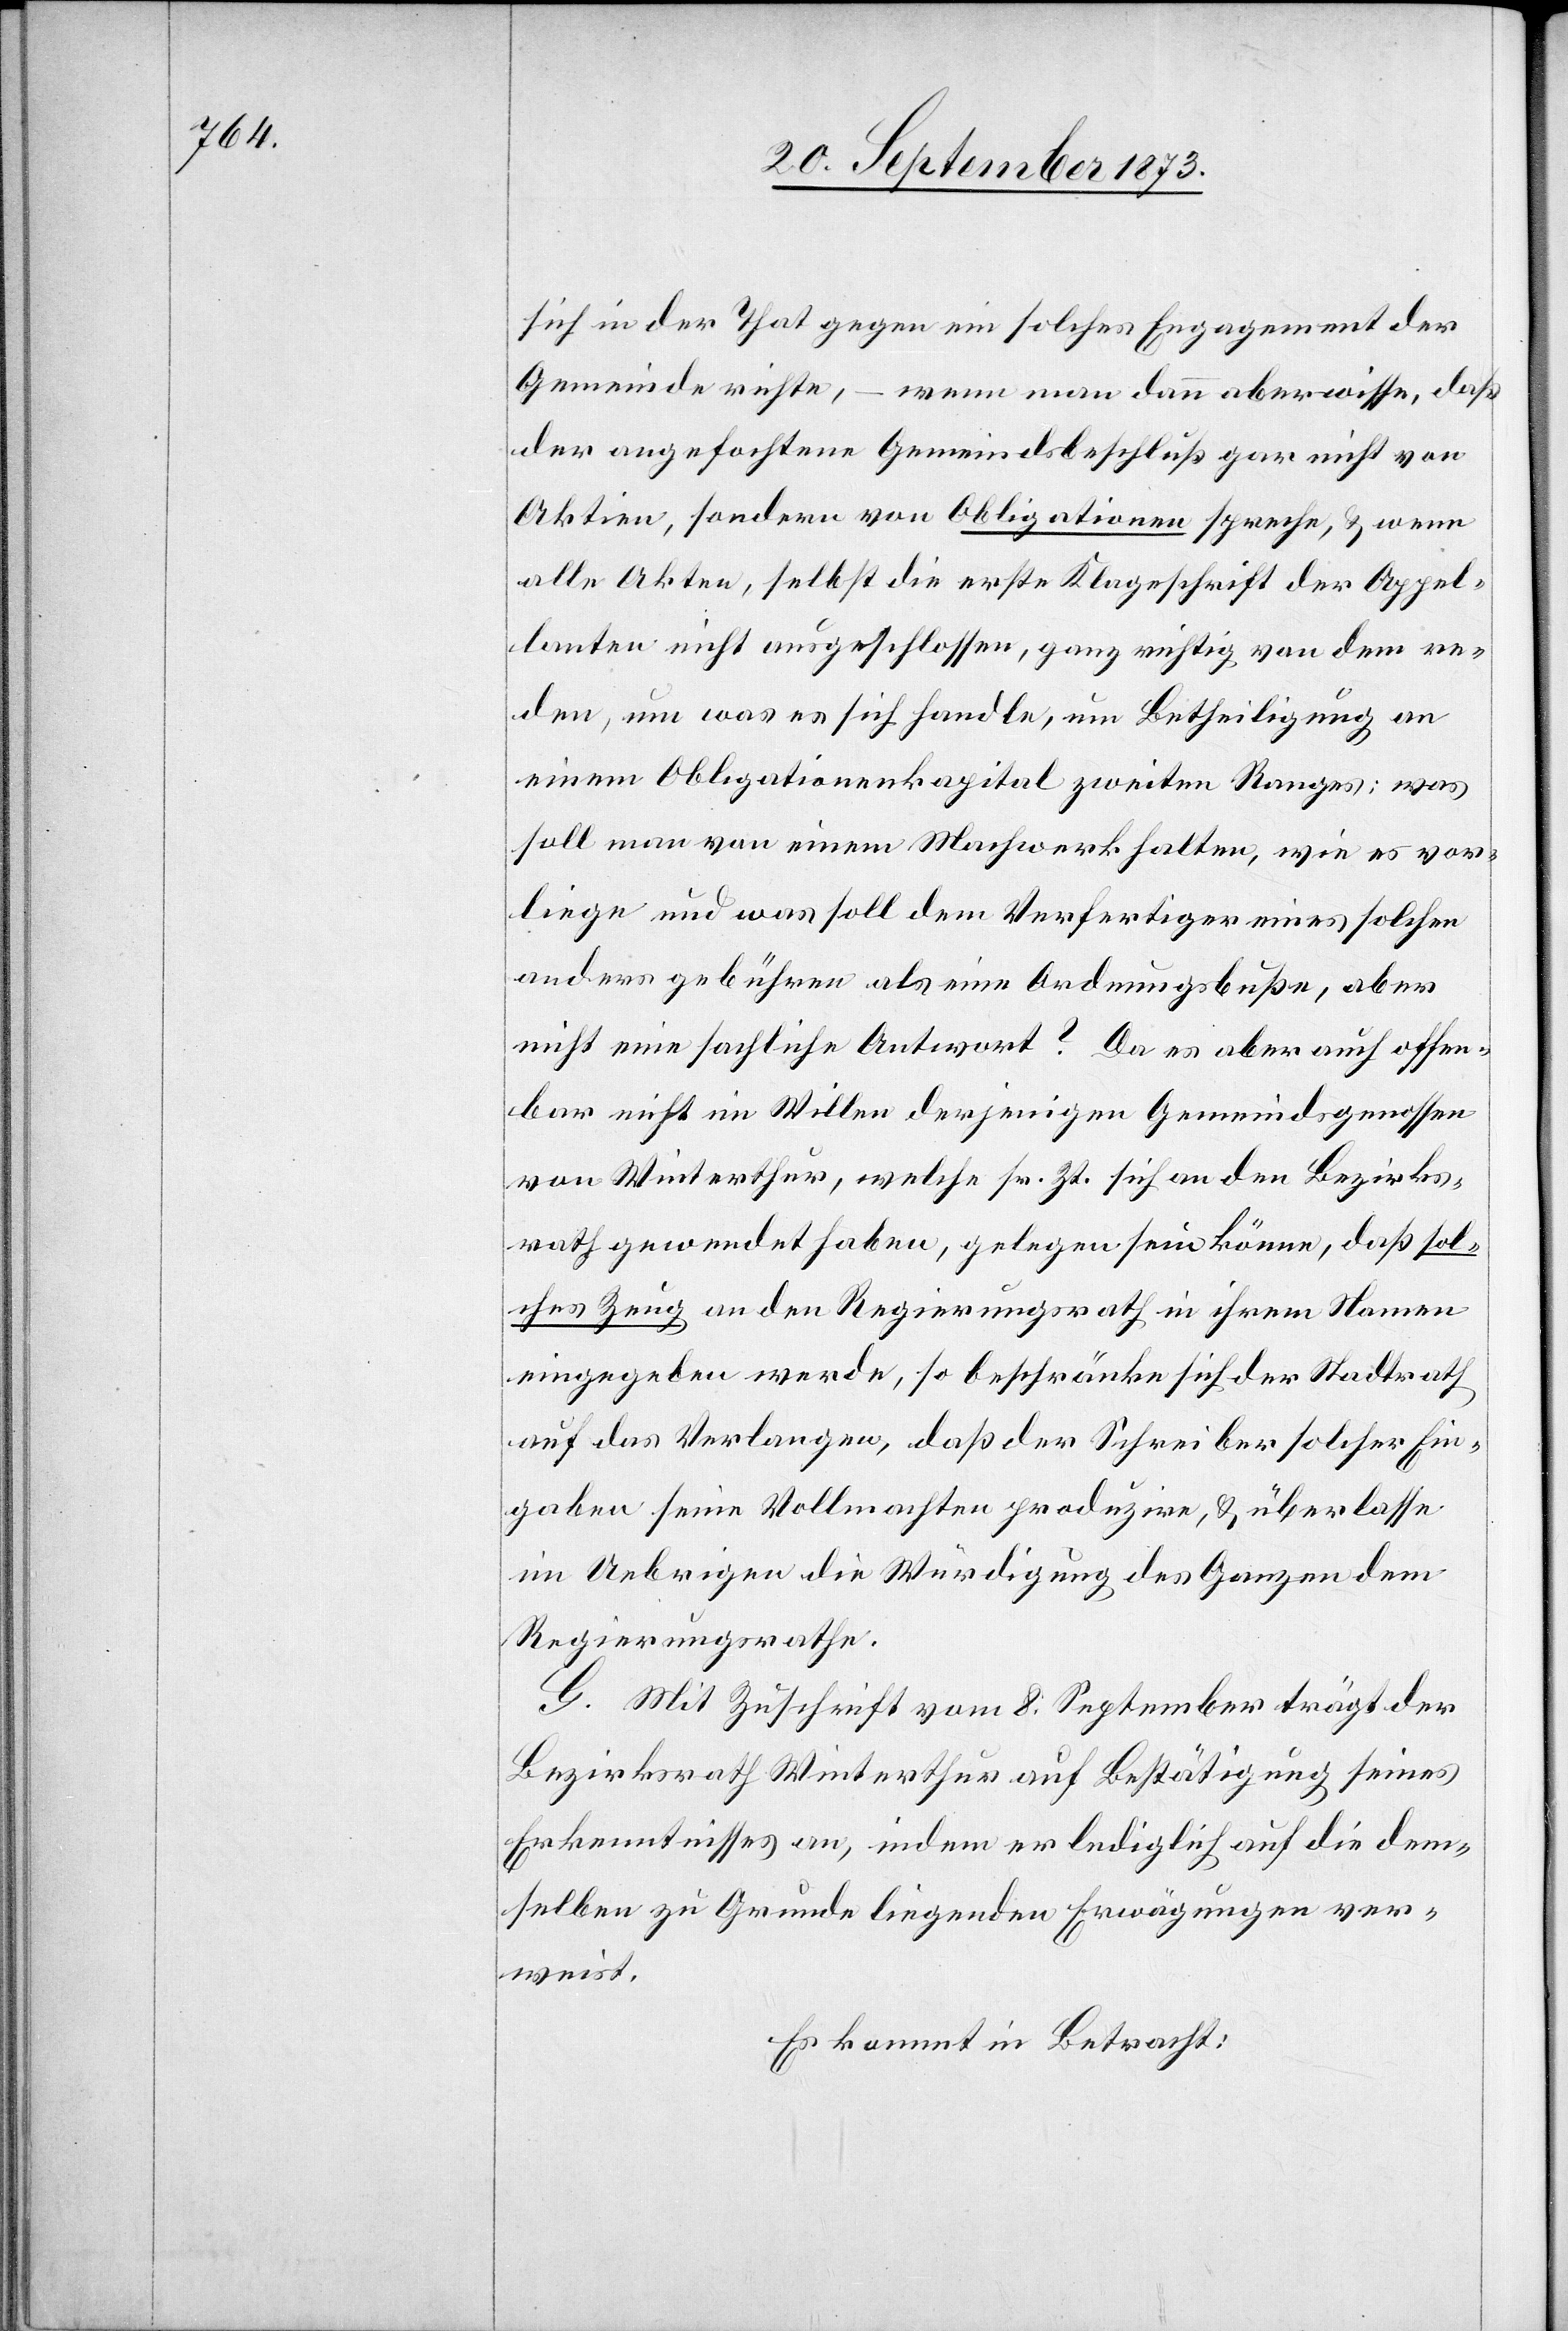
sich in der That gegen ein solches Engagement der
Gemeinde richte, – wenn man dann aber wisse, daß
der angefochtene Gemeindsbeschluß gar nicht von
Aktien, sondern von Obligationen spreche, & wenn
alle Akten, selbst die erste Klageschrift der Appel¬
lanten nicht ausgeschlossen, ganz richtig von dem re¬
den, um was es sich handle, um Betheiligung an
einem Obligationenkapital zweiten Ranges; was
soll man von einem Machwerk halten, wie es vor¬
liege und was soll dem Verfertiger eines solchen
anders gebühren als eine Ordnungsbuße, aber
nicht eine sachliche Antwort? Da es aber auch offen¬
bar nicht im Willen derjenigen Gemeindsgenossen
von Winterthur, welche sr. Zt. sich an den Bezirks¬
rath gewendet haben, gelegen sein könne, daß sol¬
ches Zeug an den Regierungsrath in ihrem Namen
eingegeben werde, so beschränke sich der Stadtrath
auf das Verlangen, daß der Schreiber solcher Ein¬
gaben seine Vollmachten produzire, & überlasse
im Uebrigen die Würdigung des Ganzen dem
Regierungsrathe.
G. Mit Zuschrift vom 8. September trägt der
Bezirksrath Winterthur auf Bestätigung seines
Erkenntnisses an, indem er lediglich auf die dem¬
selben zu Grunde liegenden Erwägungen ver¬
weist.
Es kommt in Betracht: